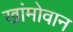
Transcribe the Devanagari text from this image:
खांमोवान